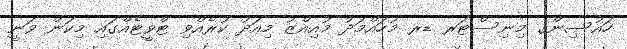
ހައުސިންގ މިނިސްޓަރ ޑރ މުހައްމަދު މުއިއްޒު މިއަދު ކުރެއްވި ޓްވީޓެއްގައި މިކަން ވަނީ